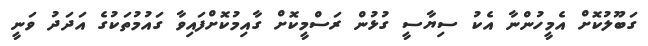
ގަބޫލުކޮށް އެމީހުންނާ އެކު ސިޔާސީ ގުޅުން ރަސްމީކޮށް ގާއިމުކޮށްފައިވާ ގައުމުތަކުގެ އަދަދު ވަނީ